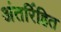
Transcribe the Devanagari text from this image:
अंतर्रिहित